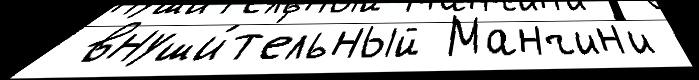
 внуши́т'ельный Манчин'и